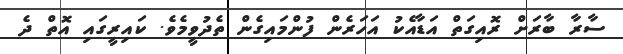
ސާރާ ބާރަށް ރޮއިގަތް އަޑާއެކު އަހަރެން ފުންމައިގެން ތެދުވީމެވެ. ކައިރީގައި އޮތް ދެ